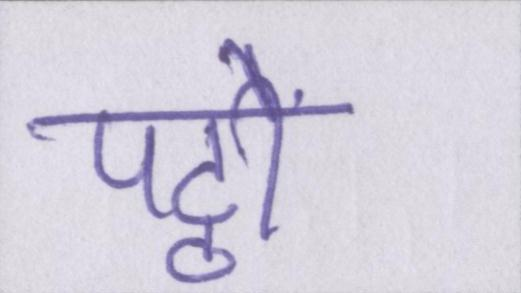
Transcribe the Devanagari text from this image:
पट्ठों